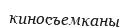
киносъемканы